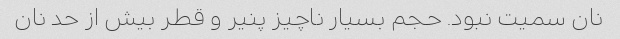
نان سمیت نبود. حجم بسیار ناچیز پنیر و قطر بیش از حد نان